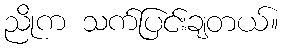
ညိုက သက်ပြင်းချတယ်။